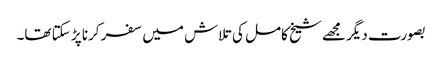
بصورت دیگر مجھے شیخ کامل کی تلاش میں سفر کرنا پڑ سکتا تھا۔